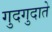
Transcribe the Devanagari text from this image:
गुदगुदाते